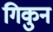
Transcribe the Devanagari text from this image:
गिकुन